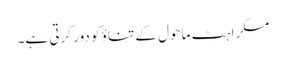
مسکراہٹ ماحول کے تناؤ کو دور کرتی ہے۔